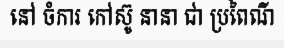
នៅ ចំការ កៅស៊ូ នានា ជា ប្រពៃណី